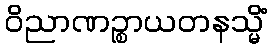
ဝိညာဏဉ္စာယတနသ္မိံ